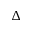
\Delta